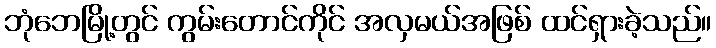
ဘုံဘေမြို့တွင် ကွမ်းတောင်ကိုင် အလှမယ်အဖြစ် ထင်ရှားခဲ့သည်။